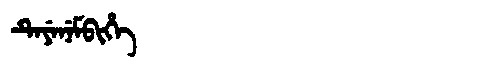
Manchu: ᡨᡝᠶᡝᠨᡝᠮᠪᡳᡥᡝ
Romanization: TEYENEMBIHE